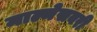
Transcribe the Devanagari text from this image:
माल्मेसबरी